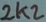
Text: 2K2